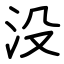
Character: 没